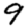
Digit: 9